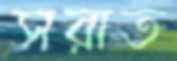
সরাত